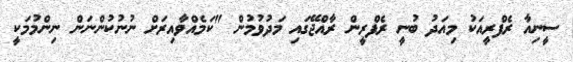
ސީނިއާ ރެފްރީއަކު މިއަދު ބުނީ ރެފްރީން ރާއްޖޭގައި މަދުވުމުން "ކަމެއްވާއިރަށް ނުނުކުންނަން ނިންމުމަކީ